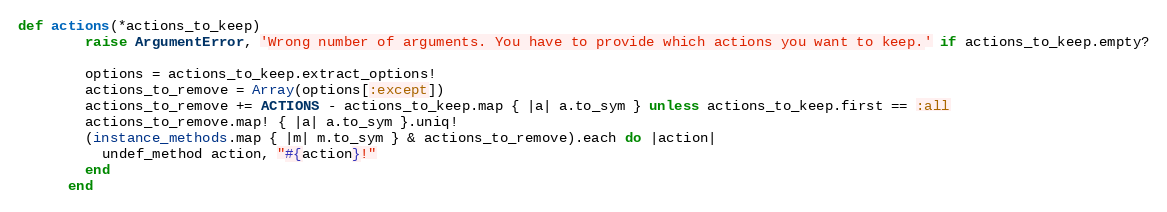
Language: Ruby
def actions(*actions_to_keep)
        raise ArgumentError, 'Wrong number of arguments. You have to provide which actions you want to keep.' if actions_to_keep.empty?

        options = actions_to_keep.extract_options!
        actions_to_remove = Array(options[:except])
        actions_to_remove += ACTIONS - actions_to_keep.map { |a| a.to_sym } unless actions_to_keep.first == :all
        actions_to_remove.map! { |a| a.to_sym }.uniq!
        (instance_methods.map { |m| m.to_sym } & actions_to_remove).each do |action|
          undef_method action, "#{action}!"
        end
      end